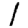
Digit: 1